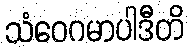
သံဝေဂမာပါဒီတိ